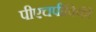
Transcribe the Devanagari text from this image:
पीएचपीविकी